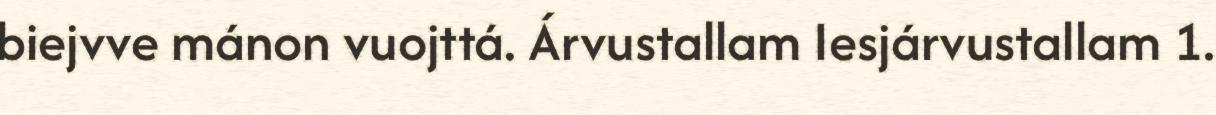
biejvve mánon vuojttá. Árvustallam Iesjárvustallam 1.